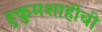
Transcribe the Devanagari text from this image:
हुकुमशाहीची